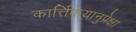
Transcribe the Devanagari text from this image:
कार्त्तिकेयानुप्रेक्षा